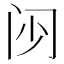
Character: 𮤰